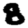
Digit: 8